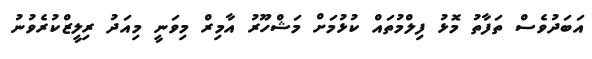
އަބަދުވެސް ތަފާތު މޮޅު ފިލްމުތައް ކުޅުމަށް މަޝްހޫރު އާމިރް މިވަނީ މިއަދު ރިލީޒްކުރެވުނު